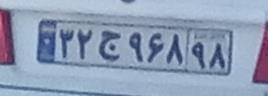
۳۲ج۹۶۸۹۸